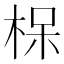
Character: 𪲖